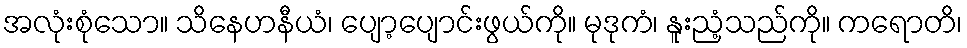
အလုံးစုံသော။ သိနေဟနီယံ၊ ပျော့ပျောင်းဖွယ်ကို။ မုဒုကံ၊ နူးညံ့သည်ကို။ ကရောတိ၊